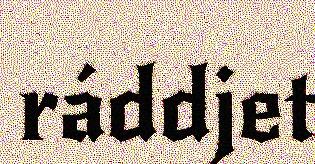
ráddjet